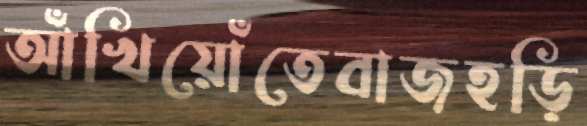
আঁখিয়োঁতেবাজহড়ি